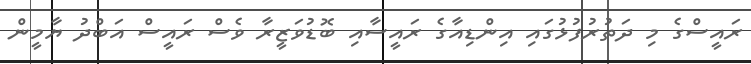
ރައީސްގެ މި ދަތުރުފުޅުގައި އިންޑިއާގެ ރައީސާއި ބޮޑުވަޒީރާ ވެސް ރައީސް އަބްދު ޔާމީން